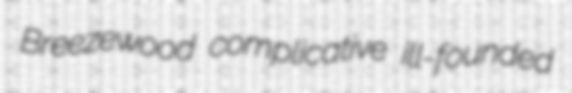
Breezewood complicative ill-founded